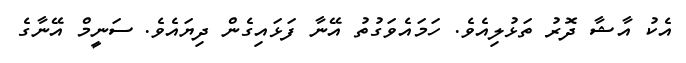
އެކު އާޝާ ދޮރު ތަޅުލިއެވެ. ހަމައެވަގުތު އޭނާ ފަޅައިގެން ދިޔައެވެ. ސަނީމް އޭނާގެ